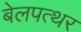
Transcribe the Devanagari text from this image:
बेलपत्थर